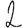
Digit: 2